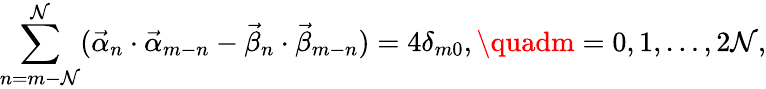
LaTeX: \sum_{n=m-\mathcal{N}}^{\mathcal{N}}(\vec{{\alpha}}_{n}\cdot\vec{{\alpha}}_{m-n}-\vec{{\beta}}_{n}\cdot\vec{{\beta}}_{m-n})=4\delta_{m0},\quadm=0,1,\dots,2\mathcal{N},